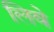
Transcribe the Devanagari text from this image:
लिवे